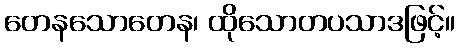
တေနသောတေန၊ ထိုသောတပသာဒဖြင့်။